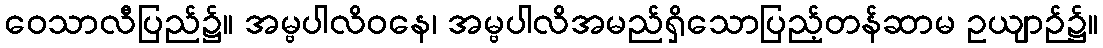
ဝေသာလီပြည်၌။ အမ္ဗပါလိဝနေ၊ အမ္ဗပါလိအမည်ရှိသောပြည့်တန်ဆာမ ဥယျာဉ်၌။